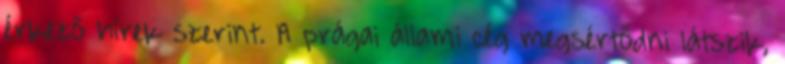
érkező hírek szerint. A prágai állami cég megsértődni látszik,